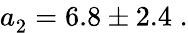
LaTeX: a_{2}^{\phantom{l}}=6.8\pm 2.4\; .